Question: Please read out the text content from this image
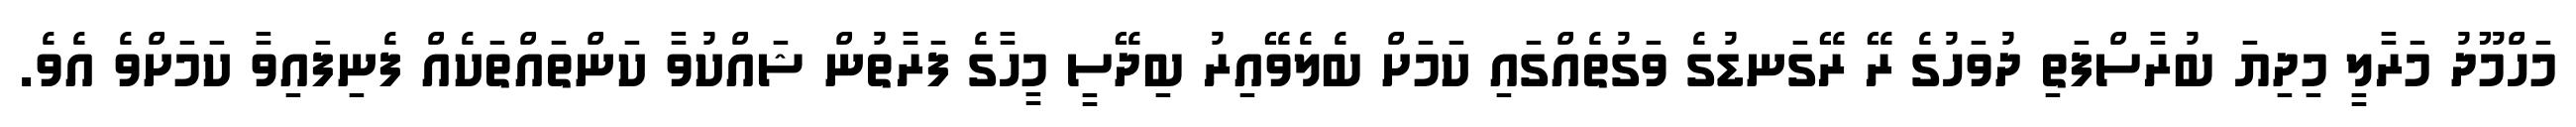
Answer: މަހްމޫދު މަރާލީ މިދިޔަ ބުރާސްފަތި ދުވަހުގެ ރޭ ރޭގަނޑުގެ ވަގުތެއްގައި ކަމަށް ބެލެވޭއިރު ބިދޭސީ މީހާގެ ފަރާތުން ޝައްކުވާ ކަންތައްތަކެއް ފެނިފައިވާ ކަމަށްވެ އެވެ.